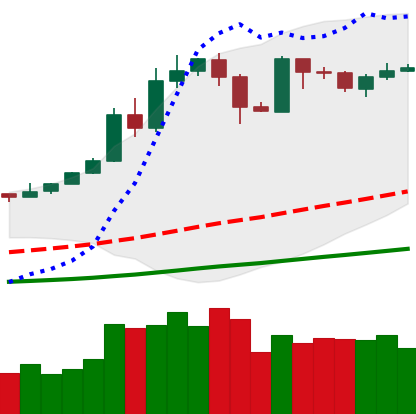
Ticker: BTC-USD
Chart end date: 2019-05-25
Forward return: 3.315%
Label: up_3_5